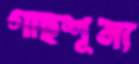
গাছশূন্য